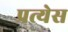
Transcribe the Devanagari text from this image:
प्रत्येस